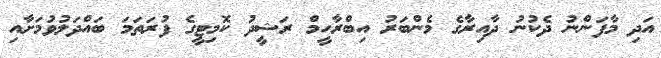
އަދި މާފަންނު ދެކުނު ދާއިރާގެ މެންބަރު އިބްރާހީމް ރަޝީދު ކޮމިޓީގެ ފުރަތަމަ ބައްދަލުވުމަށާއި